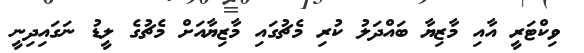
ވިކްޓަރީ އާއި މާޒިޔާ ބައްދަލު ކުރި މެޗުގައި މާޒިޔާއަށް މެޗުގެ ލީޑު ނަގައިދިނީ